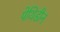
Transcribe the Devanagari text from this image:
पेथिडीन